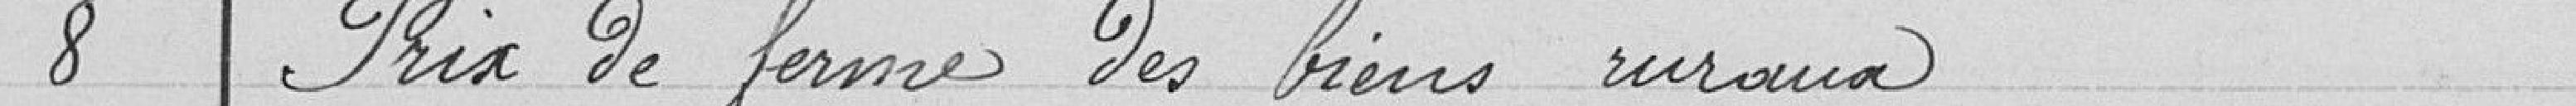
8 - Prix de ferme des biens ruraux